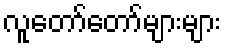
လူတော်တော်များများ